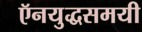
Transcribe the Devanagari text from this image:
ऍनयुद्धसमयी